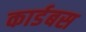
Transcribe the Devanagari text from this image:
कार्डबस